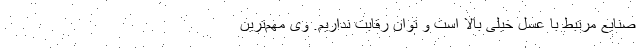
صنایع مرتبط با عسل خیلی بالا است و توان رقابت نداریم. وی مهم‌ترین